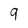
Character: 9